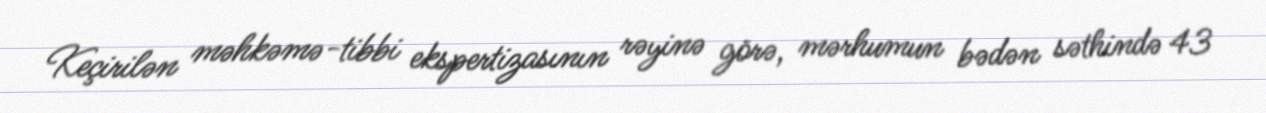
Keçirilən məhkəmə-tibbi ekspertizasının rəyinə görə, mərhumun bədən səthində 43